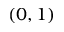
( 0 , 1 )